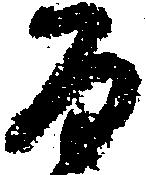
百